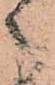
之